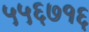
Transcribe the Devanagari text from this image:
५५६७१६